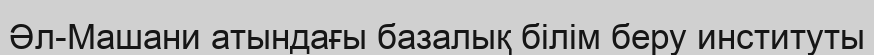
Әл-Машани атындағы базалық білім беру институты